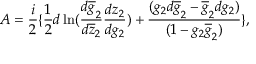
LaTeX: A = \frac { i } { 2 } \{ \frac { 1 } { 2 } d \ln ( \frac { d \overline { { { g } } } _ { 2 } } { d \overline { { { z } } } _ { 2 } } \frac { d z _ { 2 } } { d g _ { 2 } } ) + \frac { ( g _ { 2 } d \overline { { { g } } } _ { 2 } - \overline { { { g } } } _ { 2 } d g _ { 2 } ) } { ( 1 - g _ { 2 } \overline { { { g } } } _ { 2 } ) } \} ,